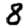
Digit: 8